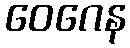
ဝေဂေန